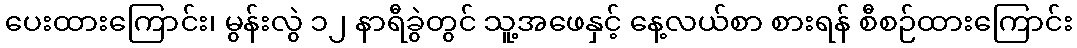
ပေးထားကြောင်း၊ မွန်းလွဲ ၁၂ နာရီခွဲတွင် သူ့အဖေနှင့် နေ့လယ်စာ စားရန် စီစဉ်ထားကြောင်း